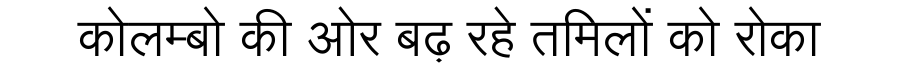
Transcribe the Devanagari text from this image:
कोलम्बो की ओर बढ़ रहे तमिलों को रोका